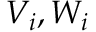
\mathbf { } V _ { i } , W _ { i }